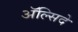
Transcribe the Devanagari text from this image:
अॅल्सिदे